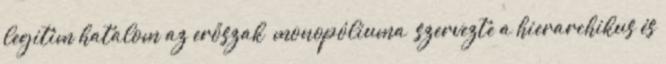
legitim hatalom az erőszak „monopóliuma” szervezte a hierarchikus és